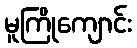
မူကြိုကျောင်း